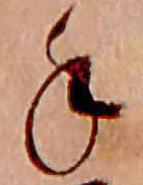
手